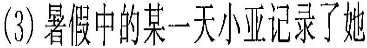
(3)暑假中的某一天小亚记录了她